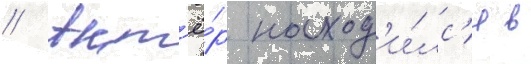
// Акт'ё́р наход'и́лс'я в